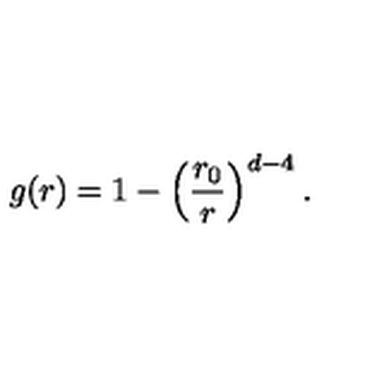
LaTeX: g ( r ) = 1 - \left( \frac { r _ { 0 } } { r } \right) ^ { d - 4 } .